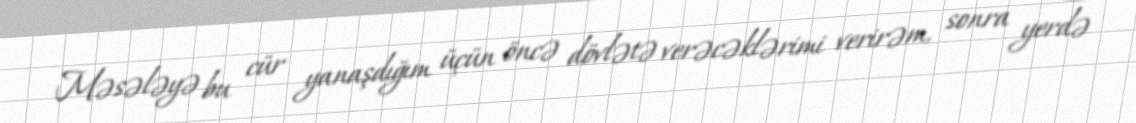
Məsələyə bu cür yanaşdığım üçün öncə dövlətə verəcəklərimi verirəm, sonra yerdə